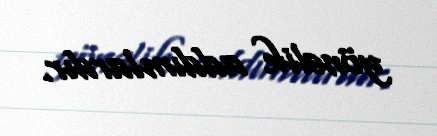
yönəlik addımlardır.